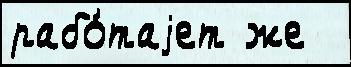
рабо́таjет же